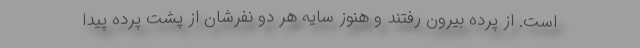
است. از پرده بیرون رفتند و هنوز سایه هر دو نفرشان از پشت پرده پیدا